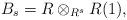
LaTeX: \begin{align*}B_s= R \otimes_{R^{s}} R (1),\end{align*}